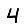
Digit: 4